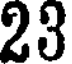
23